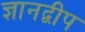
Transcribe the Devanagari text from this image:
ज्ञानद्वीप